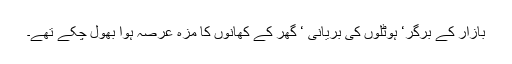
بازار کے برگر‘ ہوٹلوں کی بریانی ‘ گھر کے کھانوں کا مزہ عرصہ ہوا بھول چکے تھے۔